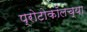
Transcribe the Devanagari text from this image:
प्रोटोकॉलच्या